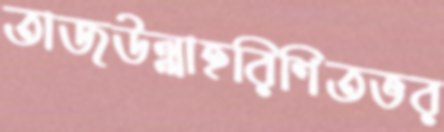
তাজউল্লাহরিশিতভর